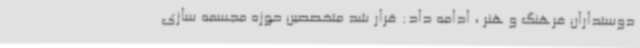
دوستداران فرهنگ و هنر ، ادامه داد: قرار شد متخصصین حوزه مجسمه سازی